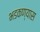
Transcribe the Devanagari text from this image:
भडकण्यास